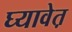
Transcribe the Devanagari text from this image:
घ्यावेत़